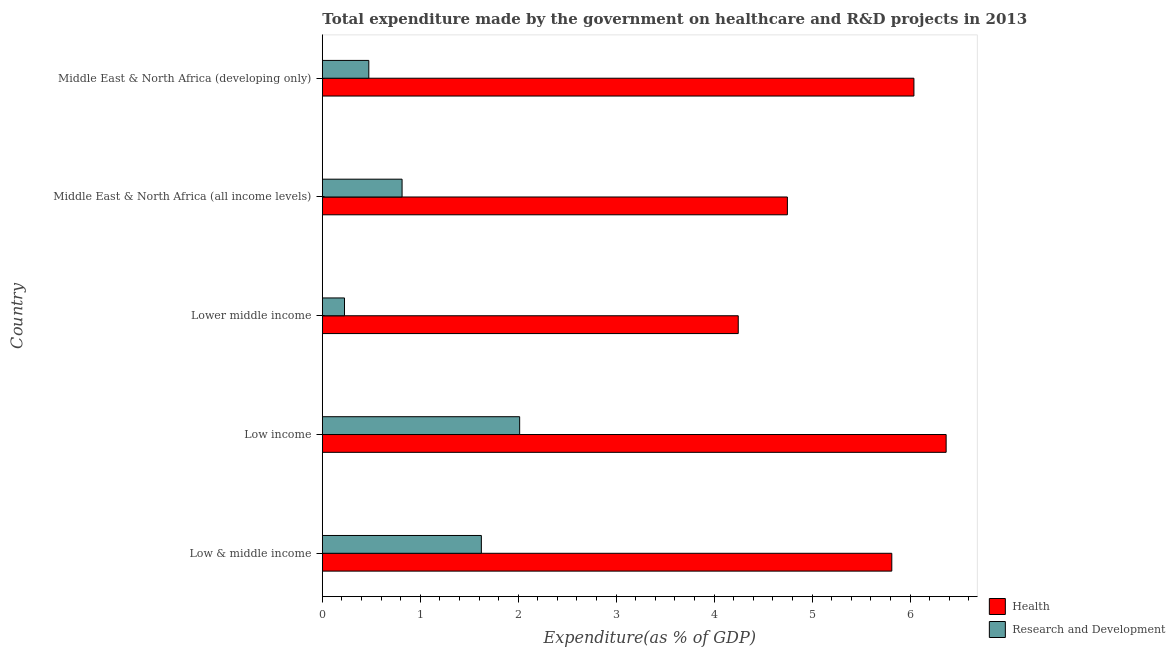
| Country | Health | Research and Development |
 | --- | --- | --- |
 | Low & middle income | 5.81 | 1.62 |
 | Low income | 6.37 | 2.01 |
 | Lower middle income | 4.25 | 0.226 |
 | Middle East & North Africa (all income levels) | 4.75 | 0.814 |
 | Middle East & North Africa (developing only) | 6.04 | 0.475 |